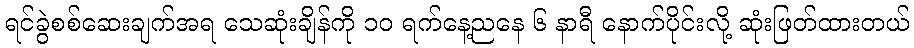
ရင်ခွဲစစ်ဆေးချက်အရ သေဆုံးချိန်ကို ၁၀ ရက်နေ့ညနေ ၆ နာရီ နောက်ပိုင်းလို့ ဆုံးဖြတ်ထားတယ်